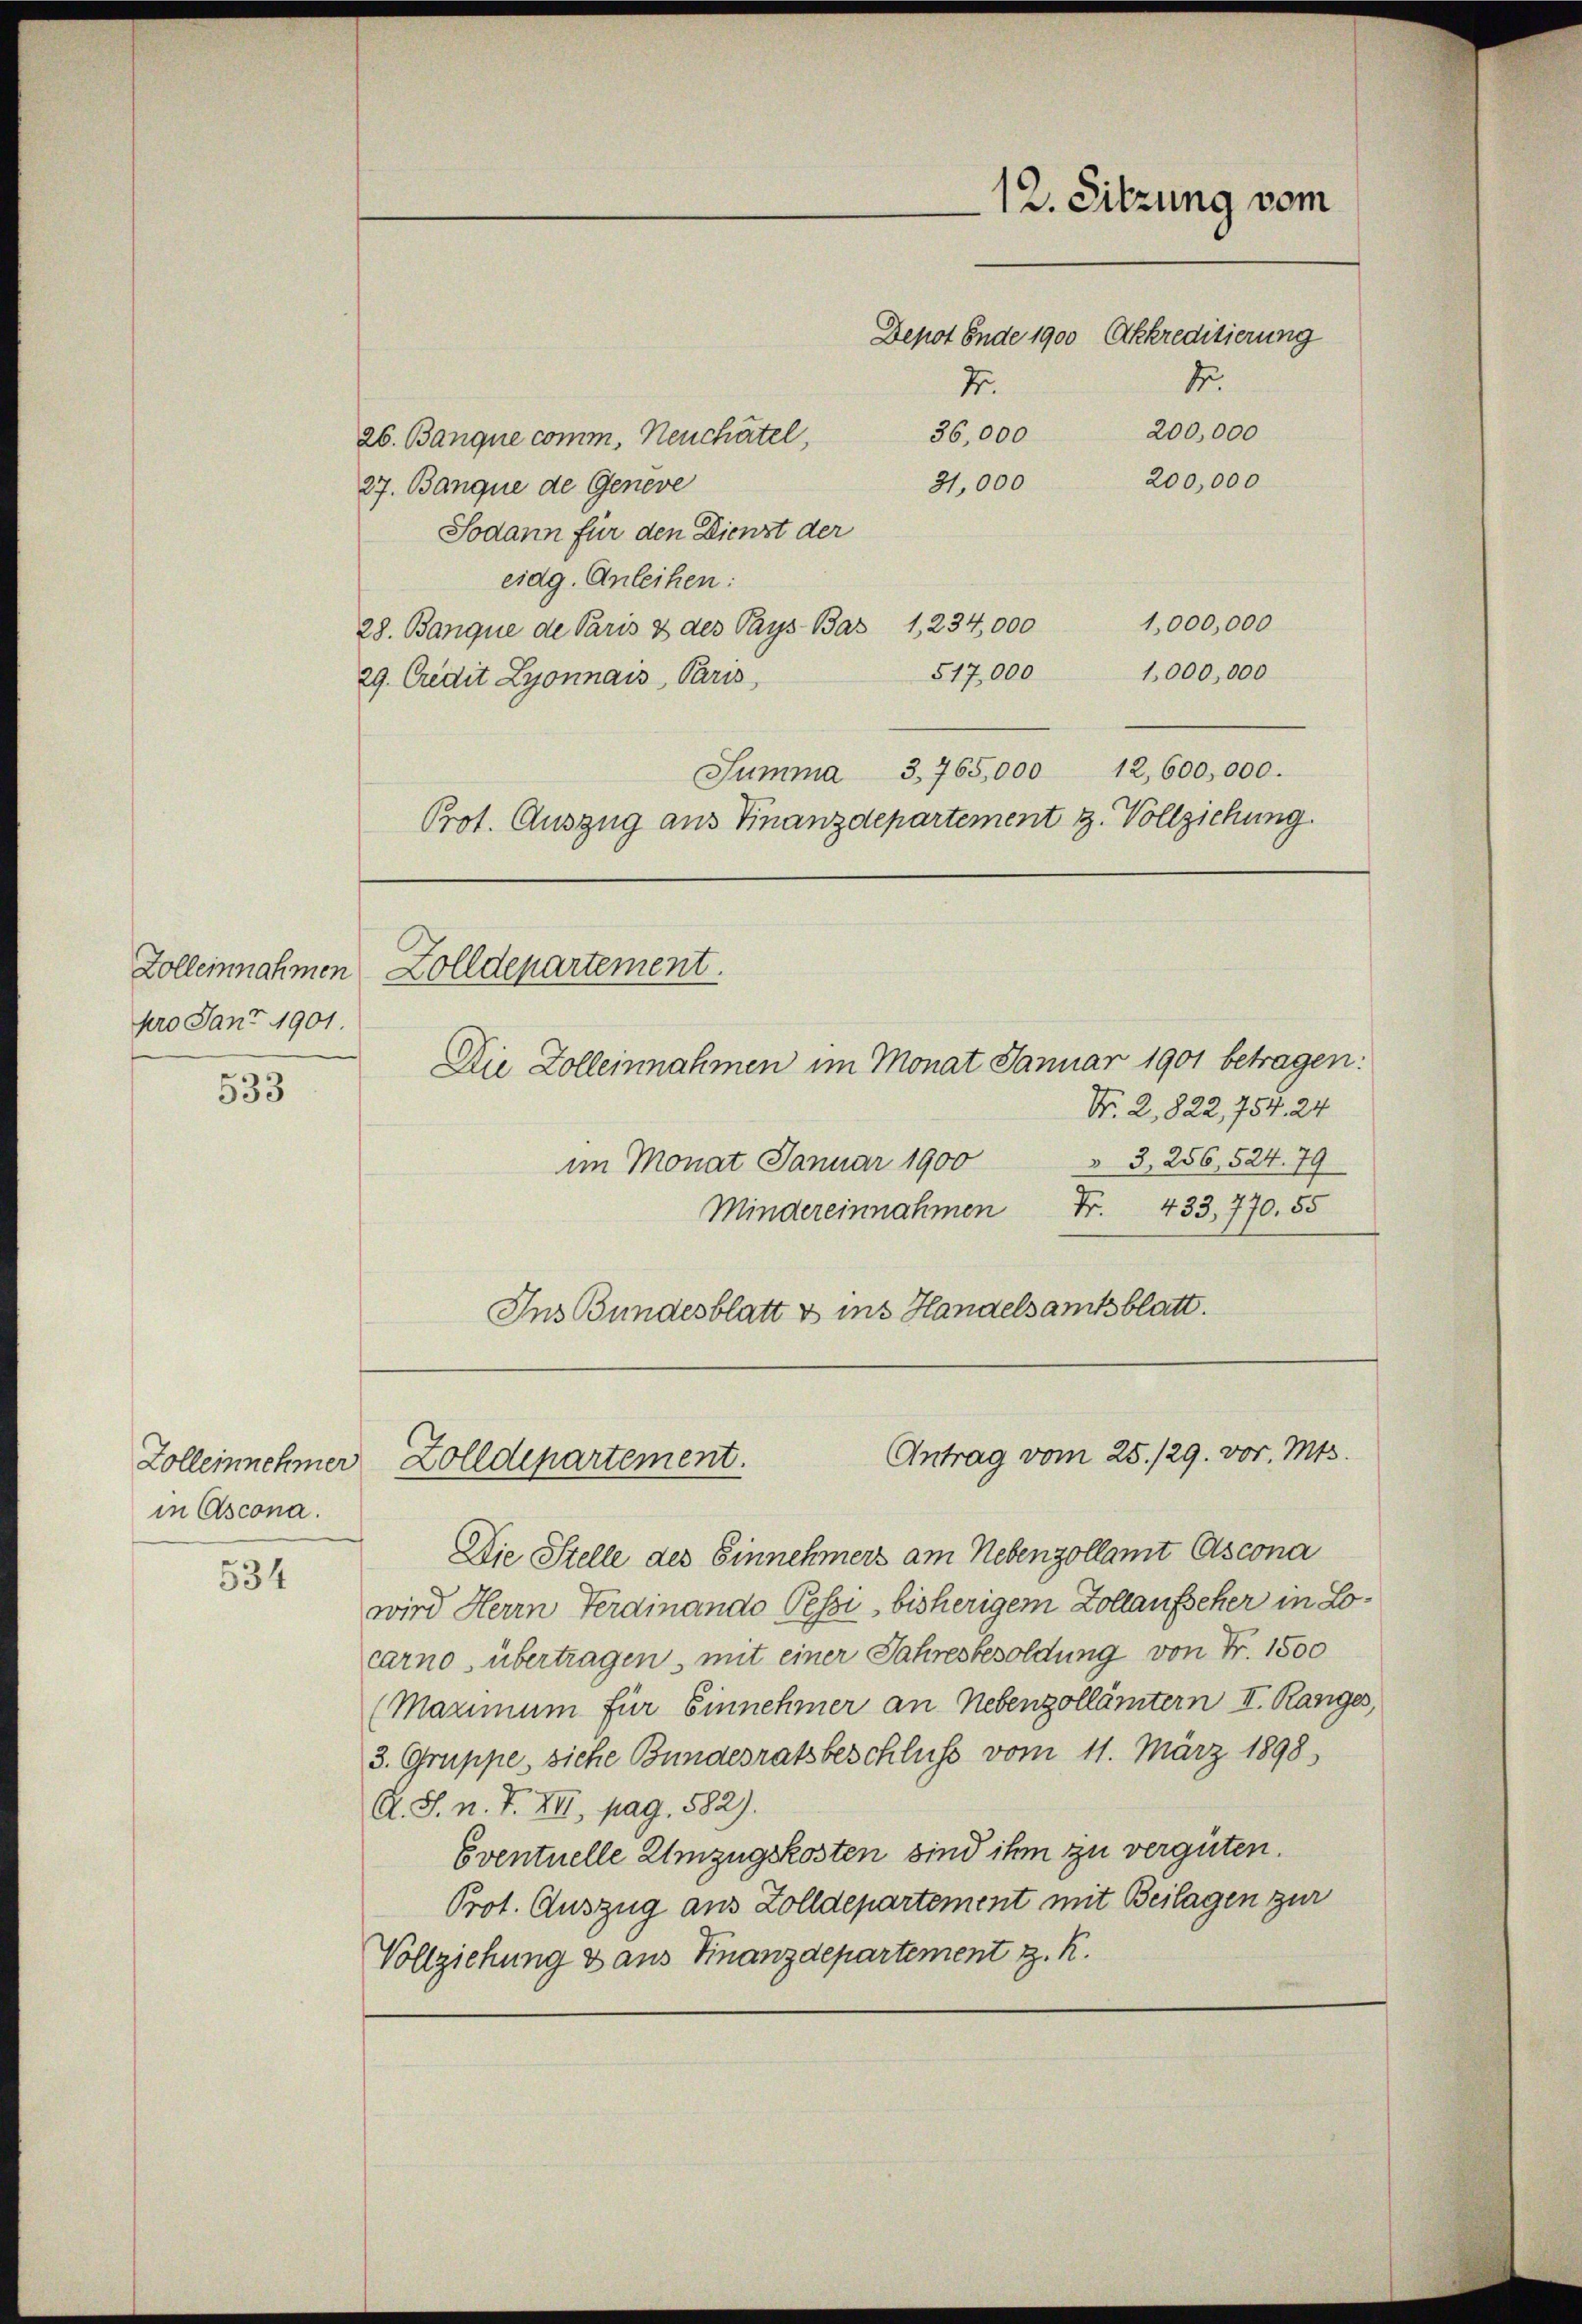
Zolleinnahmen
pro Janr 1901.

533

Zolleinnehmer
in Ascona.

534

26. Banque comm, Neuchartel
27. Banque de Geneve
eidg. Anleihen:
29. Credit Lyonnais, Paris,

Zolldepartement.

Nr. 2, 822, 754. 24
 3, 256, 524. 79
im Monat Januar 1900
Nr. 433. 770. 55
Mindereinnahmen
Ins Bundesblatt & ins Handelsamtsblatt.

Die Stelle des Einnehmers am Nebenzollamt Ascona
wird Herrn Ferdinando Pessi, bisherigem Zollaufseher in Locarno, übertragen, mit einer Jahresbesoldung von Fr. 1500
(Maximum für Einnehmer an Nebenzollämtern II. Ranges,
3. Gruppe, siche Bundesratsbeschluss vom 11. März 1898
A. S. n. F. XII, pag. 582).
Eventuelle Umzugskosten sind ihm zu vergüten.
Prot. Auszug aus Zolldepartement mit Beilagen zur
Vollziehung & aus Finanzdepartement z. R.

12. Sitzung vom
Depot Ende 1900 Akkreditierung
4.
2.
200,000
36,000
200,000
21,000
Sodann für den Dienst der
1,000,000
28. Banque de Paris & des Pays Bas 1234,000
517,000
1,000,000
Summa 3,765,000 12,600,000.
Prot. Auszug aus Finanzdepartement z. Vollziehung

Die Zolleinnahmen im Monat Januar 1901 betragen:

Antrag vom 25. 129. vor. Mts.
Zolldepartement.